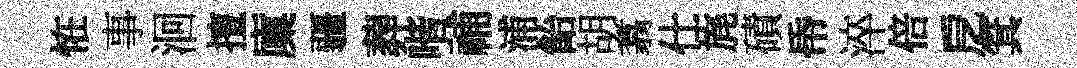
恠事洄擅廩疆葬喈𥙷浦飴胡翥仕旄磧帋淬倍戹箕